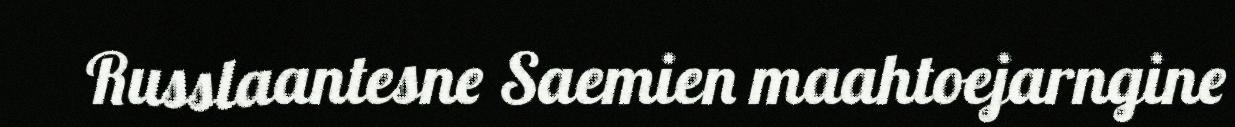
Russlaantesne Saemien maahtoejarngine